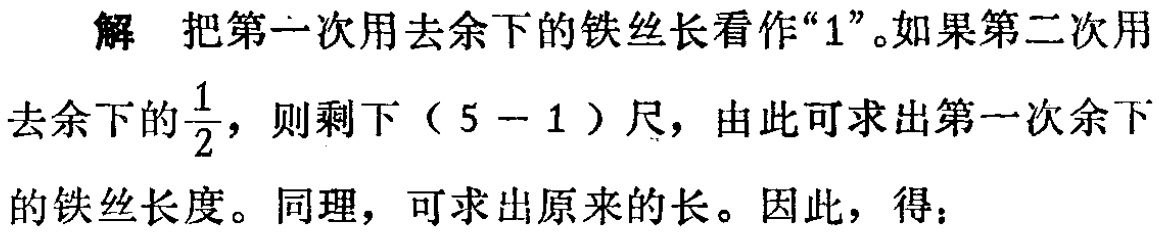
解 把第一次用去余下的铁丝长看作“1”。如果第二次用去余下的$\frac{1}{2}$，则剩下（$5 - 1$）尺，由此可求出第一次余下的铁丝长度。同理，可求出原来的长。因此，得：